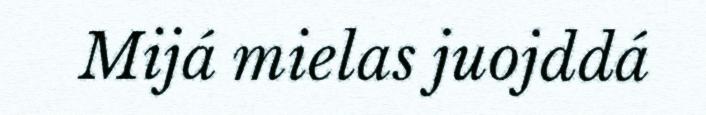
Mijá mielas juojddá